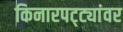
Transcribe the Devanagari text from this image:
किनारपट्ट्यांवर